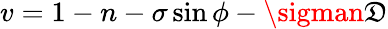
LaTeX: v=1-n-\sigma\sin{\phi}-\sigman\mathfrak{D}